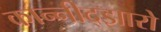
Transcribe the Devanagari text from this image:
कान्नीद्झारो